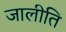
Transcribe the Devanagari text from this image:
जालीति